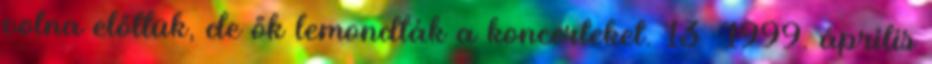
volna előttük, de ők lemondták a koncerteket. 13 1999. április